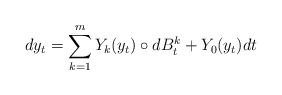
\begin{align*}dy_t=\sum_{k=1}^m Y_k(y_t)\circ dB_t^k+Y_0(y_t)dt\end{align*}